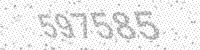
Solution: 597585